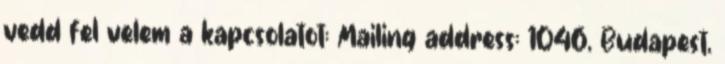
vedd fel velem a kapcsolatot: Mailing address: 1046, Budapest,